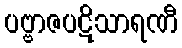
ပဗ္ဗာဇပဋိသာရဏီ